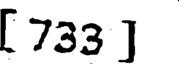
[ 733 ]